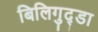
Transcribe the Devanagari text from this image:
बिलिगुद्डा